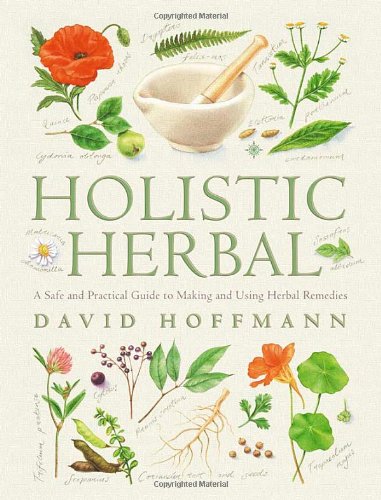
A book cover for Holistic Herbal    4th Edition: A Safe and Practical Guide to Making and Using Herbal Remedies; David Hoffman; Health, Fitness & Dieting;